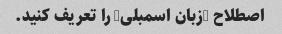
اصطلاح "زبان اسمبلی" را تعریف کنید.